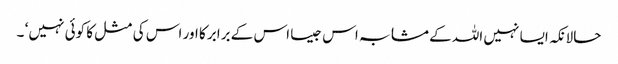
حالانکہ ایسا نہیں اللہ کے مشابہ اس جیسا اس کے برابر کا اور اس کی مثل کا کوئی نہیں ‘ ۔